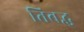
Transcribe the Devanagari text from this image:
तिबद्ध